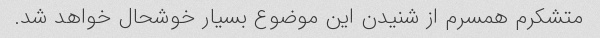
متشکرم همسرم از شنیدن این موضوع بسیار خوشحال خواهد شد.